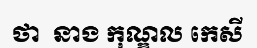
ថា  នាង កុណ្ឌល កេសី